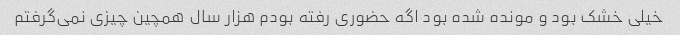
خیلی خشک بود و مونده شده بود اگه حضوری رفته بودم هزار سال همچین چیزی نمی‌گرفتم